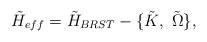
\begin{align*}{\tilde H}_{eff}={\tilde H}_{BRST}-\{\tilde K , \ \tilde \Omega\},\end{align*}